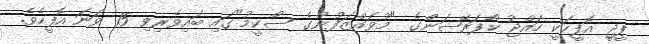
ޕީޖީ އޮފީހަކީ ހައްޖު ކޯޕަރޭޝަންގެ "މުވައްޒަފުންގެ ސްކީމު"ގައި ބައިވެރިވި 15 ވަނަ އޮފީހެވެ.